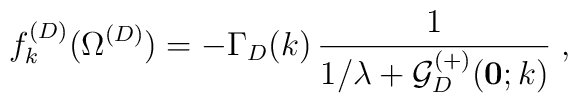
f^{(D)}_{k}(\Omega^{({D})})  = - \Gamma_{{D}} (k)\,\frac{1}{1/\lambda +{\mathcal G}^{(+)}_{{D}} ({\bf 0}; k)}\;  ,